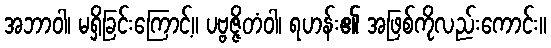
အဘာဝါ၊ မရှိခြင်းကြောင့်။ ပဗ္ဗဇ္ဇိတံဝါ၊ ရဟန်း၏ အဖြစ်ကိုလည်းကောင်း။